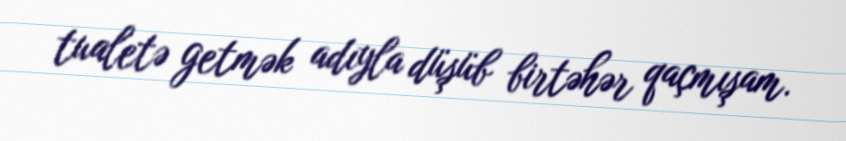
tualetə getmək adıyla düşüb birtəhər qaçmışam.